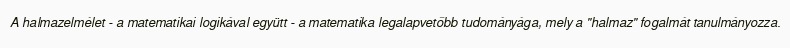
A halmazelmélet - a matematikai logikával együtt - a matematika legalapvetőbb tudományága, mely a "halmaz" fogalmát tanulmányozza.